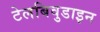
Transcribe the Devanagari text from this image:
टेलबिवुडाइन